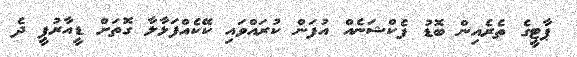
ޕާޓީގެ ތެރެއިން ބޮޑު ފެކްޝަނެއް އުފަން ކުރައްވައި ކޭކެއްފަޅާލާ ގޮތަށް ޑީއާރުޕީ ދެ